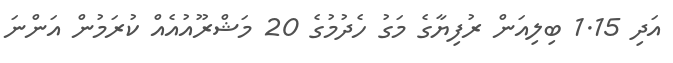
އަދި 1.15 ބިލިއަން ރުފިޔާގެ މަގު ހެދުމުގެ 20 މަޝްރޫއުއެއް ކުރަމުން އަންނަ